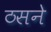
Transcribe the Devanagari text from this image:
ठसने